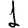
Digit: 1